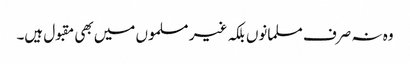
وہ نہ صرف مسلمانوں بلکہ غیر مسلموں میں بھی مقبول ہیں۔